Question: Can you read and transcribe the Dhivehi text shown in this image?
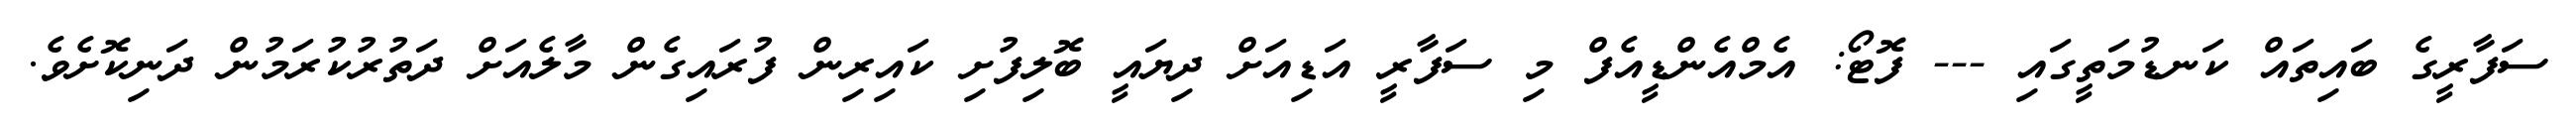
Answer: ސަފާރީގެ ބައިތައް ކަނޑުމަތީގައި --- ފޮޓޯ: އެމްއެންޑީއެފް މި ސަފާރީ އަޑިއަށް ދިޔައީ ބޮލިފުށި ކައިރިން ފުރައިގެން މާލެއަށް ދަތުރުކުރަމުން ދަނިކޮށެވެ.